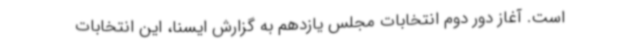
است. آغاز دور دوم انتخابات مجلس یازدهم به گزارش ایسنا، این انتخابات